Lunatic asylums Burma 1907-21 - 1907-1921
Year: 1907
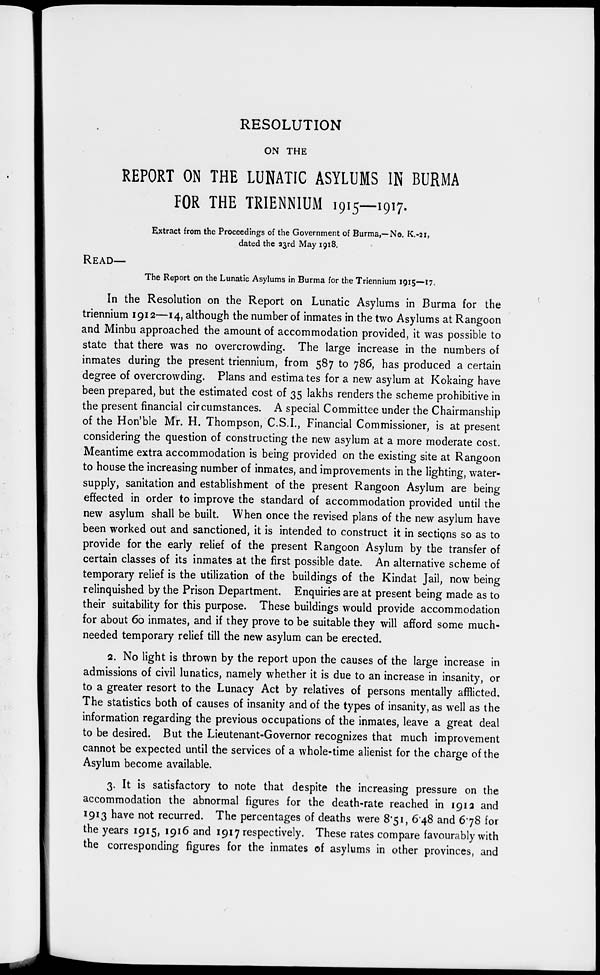
RESOLUTION
ON THE
REPORT ON THE LUNATIC ASYLUMS IN BURMA
FOR THE TRIENNIUM 1915—1917.
Extract from the Proceedings of the Government of Burma,—No. K.-21,
dated the 23rd May 1918.
READ—
The Report on the Lunatic Asylums in Burma for the Triennium 1915—17.
In the Resolution on the Report on Lunatic Asylums in Burma for the
triennium 1912—14, although the number of inmates in the two Asylums at Rangoon
and Minbu approached the amount of accommodation provided, it was possible to
state that there was no overcrowding. The large increase in the numbers of
inmates during the present triennium, from 587 to 786, has produced a certain
degree of overcrowding. Plans and estimates for a new asylum at Kokaing have
been prepared, but the estimated cost of 35 lakhs renders the scheme prohibitive in
the present financial circumstances. A special Committee under the Chairmanship
of the Hon'ble Mr. H. Thompson, C.S.I., Financial Commissioner, is at present
considering the question of constructing the new asylum at a more moderate cost.
Meantime extra accommodation is being provided on the existing site at Rangoon
to house the increasing number of inmates, and improvements in the lighting, water-
supply, sanitation and establishment of the present Rangoon Asylum are being
effected in order to improve the standard of accommodation provided until the
new asylum shall be built. When once the revised plans of the new asylum have
been worked out and sanctioned, it is intended to construct it in sections so as to
provide for the early relief of the present Rangoon Asylum by the transfer of
certain classes of its inmates at the first possible date. An alternative scheme of
temporary relief is the utilization of the buildings of the Kindat Jail, now being
relinquished by the Prison Department. Enquiries are at present being made as to
their suitability for this purpose. These buildings would provide accommodation
for about 60 inmates, and if they prove to be suitable they will afford some much-
needed temporary relief till the new asylum can be erected.
2. No light is thrown by the report upon the causes of the large increase in
admissions of civil lunatics, namely whether it is due to an increase in insanity, or
to a greater resort to the Lunacy Act by relatives of persons mentally afflicted.
The statistics both of causes of insanity and of the types of insanity, as well as the
information regarding the previous occupations of the inmates, leave a great deal
to be desired. But the Lieutenant-Governor recognizes that much improvement
cannot be expected until the services of a whole-time alienist for the charge of the
Asylum become available.
3. It is satisfactory to note that despite the increasing pressure on the
accommodation the abnormal figures for the death-rate reached in 1912 and
1913 have not recurred. The percentages of deaths were 8.51, 6.48 and 6.78 for
the years 1915, 1916 and 1917 respectively. These rates compare favourably with
the corresponding figures for the inmates of asylums in other provinces, and